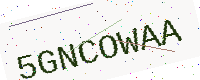
Text: 5GNCOWAA